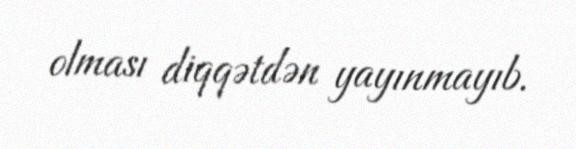
olması diqqətdən yayınmayıb.